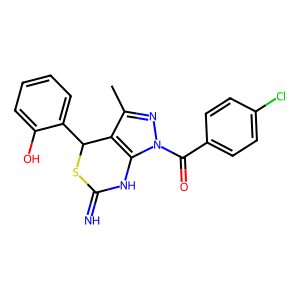
SMILES: Cc1nn(C(=O)c2ccc(Cl)cc2)c2c1C(c1ccccc1O)SC(=N)N2
Inhibits HIV replication: No